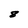
Character: 8